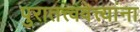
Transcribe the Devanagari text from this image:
पुरातत्त्ववेत्त्यांना